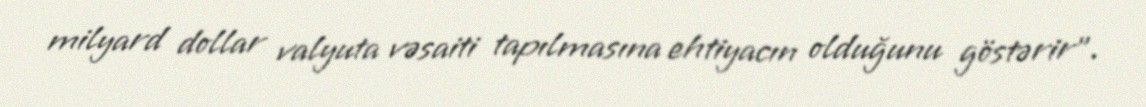
milyard dollar valyuta vəsaiti tapılmasına ehtiyacın olduğunu göstərir”.